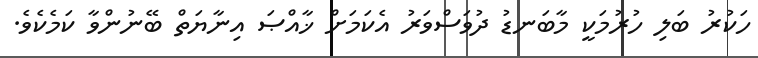
ހަކުރު ބަލި ހުރުމަކީ މާބަނޑު ދުވަސްވަރު އެކަމަށް ޚާއްޞަ އިނާޔަތް ބޭނުންވާ ކަމެކެވެ.